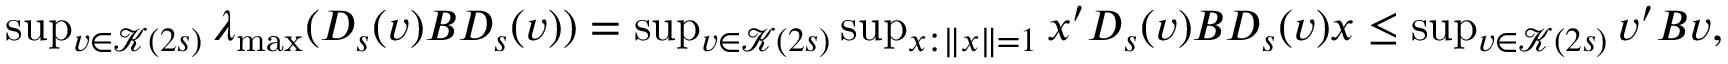
\begin{array} { r } { \operatorname* { s u p } _ { v \in \mathcal { K } ( 2 s ) } \lambda _ { \operatorname* { m a x } } ( D _ { s } ( v ) B D _ { s } ( v ) ) = \operatorname* { s u p } _ { v \in \mathcal { K } ( 2 s ) } \operatorname* { s u p } _ { x : \| x \| = 1 } x ^ { \prime } D _ { s } ( v ) B D _ { s } ( v ) x \leq \operatorname* { s u p } _ { v \in \mathcal { K } ( 2 s ) } v ^ { \prime } B v , } \end{array}